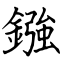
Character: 鏹